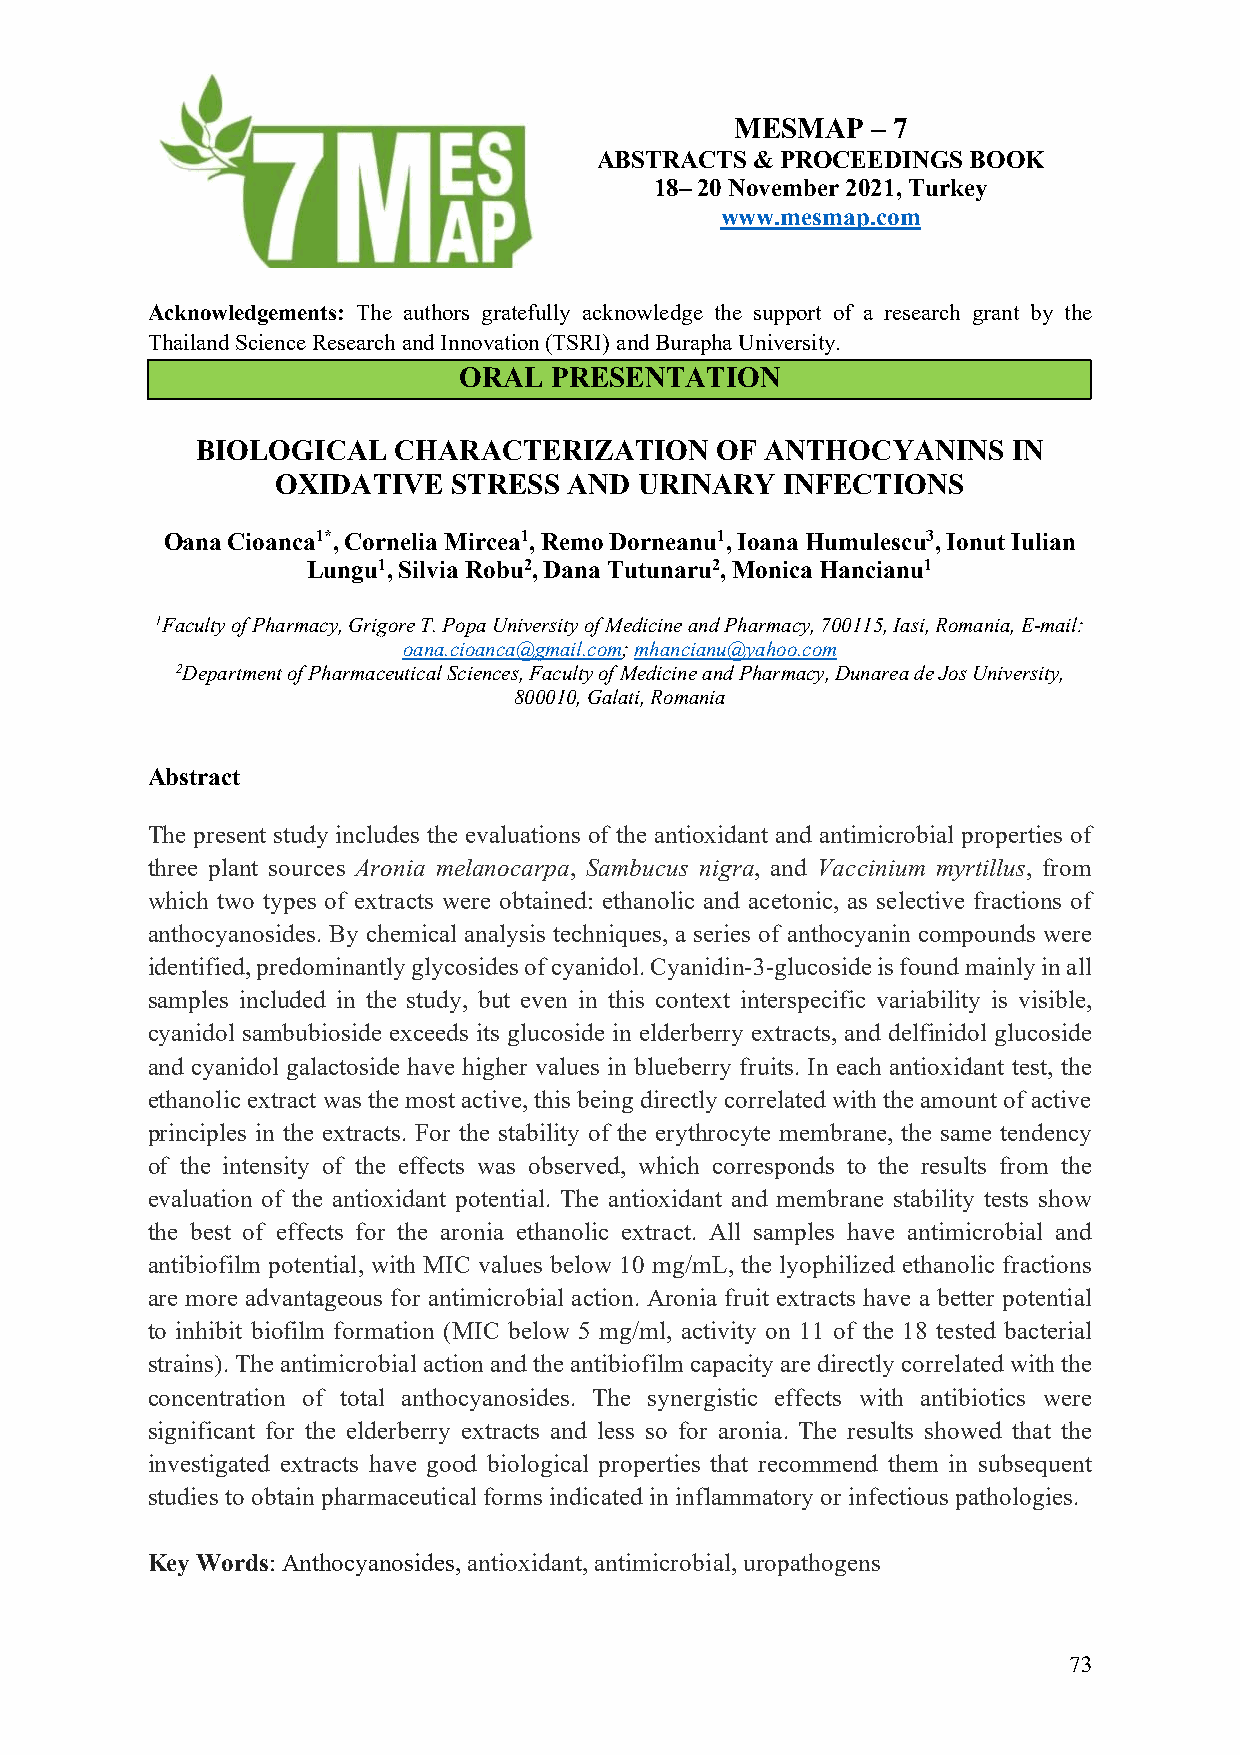
MESMAP   – 7
 ABSTRACTS  & PROCEEDINGS BOOK
 18– 20 November 2021, Turkey
 www.mesmap.com
 Acknowledgements: The authors gratefully acknowledge the support of a research grant by the
 Thailand Science Research and Innovation (TSRI) and Burapha University.
 ORAL  PRESENTATION
 BIOLOGICAL   CHARACTERIZATION     OF  ANTHOCYANINS    IN
 OXIDATIVE   STRESS  AND URINARY   INFECTIONS
 Oana Cioanca1*, Cornelia Mircea1, Remo Dorneanu1, Ioana Humulescu3, Ionut Iulian
 Lungu1, Silvia Robu2, Dana Tutunaru2, Monica Hancianu1
 1Faculty of Pharmacy, Grigore T. Popa University of Medicine and Pharmacy, 700115, Iasi, Romania, E-mail:
 oana.cioanca@gmail.com; mhancianu@yahoo.com
 2Department of Pharmaceutical Sciences, Faculty of Medicine and Pharmacy, Dunarea de Jos University,
 800010, Galati, Romania
 Abstract
 The present study includes the evaluations of the antioxidant and antimicrobial properties of
 three plant sources Aronia melanocarpa, Sambucus nigra, and Vaccinium myrtillus, from
 which two types of extracts were obtained: ethanolic and acetonic, as selective fractions of
 anthocyanosides. By chemical analysis techniques, a series of anthocyanin compounds were
 identified, predominantly glycosides of cyanidol. Cyanidin-3-glucoside is found mainly in all
 samples included in the study, but even in this context interspecific variability is visible,
 cyanidol sambubioside exceeds its glucoside in elderberry extracts, and delfinidol glucoside
 and cyanidol galactoside have higher values in blueberry fruits. In each antioxidant test, the
 ethanolic extract was the most active, this being directly correlated with the amount of active
 principles in the extracts. For the stability of the erythrocyte membrane, the same tendency
 of the intensity of the effects was observed, which corresponds to the results from the
 evaluation of the antioxidant potential. The antioxidant and membrane stability tests show
 the best of effects for the aronia ethanolic extract. All samples have antimicrobial and
 antibiofilm potential, with MIC values below 10 mg/mL, the lyophilized ethanolic fractions
 are more advantageous for antimicrobial action. Aronia fruit extracts have a better potential
 to inhibit biofilm formation (MIC below 5 mg/ml, activity on 11 of the 18 tested bacterial
 strains). The antimicrobial action and the antibiofilm capacity are directly correlated with the
 concentration of total anthocyanosides. The synergistic effects with antibiotics were
 significant for the elderberry extracts and less so for aronia. The results showed that the
 investigated extracts have good biological properties that recommend them in subsequent
 studies to obtain pharmaceutical forms indicated in inflammatory or infectious pathologies.
 Key Words: Anthocyanosides, antioxidant, antimicrobial, uropathogens
 73